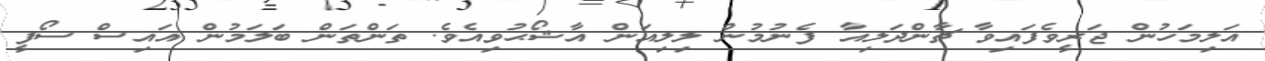
އަލިމަހުން ޖަރީވެފައިވާ ޗާންދަލިއާ ފެނުމުން ލިލިއަން އާޝޯޙުވިއެވެ. ތަންތަން ބަލަމުން އައިސް ސޯފީ